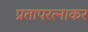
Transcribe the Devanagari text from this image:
प्रतापरत्नाकर